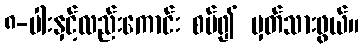
၈-ပါးနှင့်လည်းကောင်း စပ်၍ မှတ်သားဖွယ်။